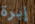
إبرة